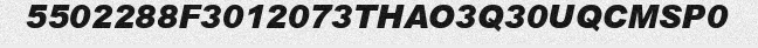
5502288F3012073THAO3Q30UQCMSP0